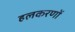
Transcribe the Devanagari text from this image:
हलकरणों